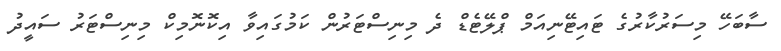
ސާބަހޭ މިސަރުކާރުގެ ޓައިޓޭނިއަމް ޕްލޭޓެޑް ދެ މިނިސްޓަރުން ކަމުގައިވާ އިކޮނޮމިކް މިނިސްޓަރު ސައީދު